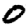
Digit: 0